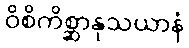
ဝိစိကိစ္ဆာနုသယာနံ